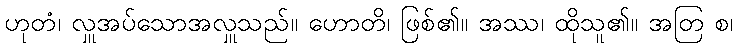
ဟုတံ၊ လှူအပ်သောအလှူသည်။ ဟောတိ၊ ဖြစ်၏။ အဿ၊ ထိုသူ၏။ အတြ စ၊